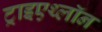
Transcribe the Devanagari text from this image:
ट्राइएथ्लॉन